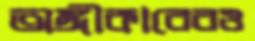
অঙ্গীকারেরও